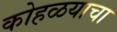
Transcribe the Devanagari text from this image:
कोहळयाचा